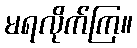
မရလိုက်ကြ။